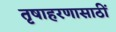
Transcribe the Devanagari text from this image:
तृषाहरणासाठीं